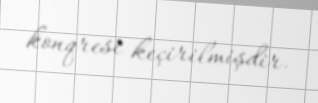
konqresi keçirilmişdir.